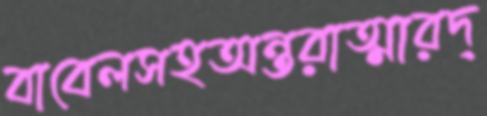
বাবেলসহঅন্তরাত্মারদ্